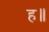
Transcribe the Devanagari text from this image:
ह॥